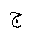
Letter: _gim